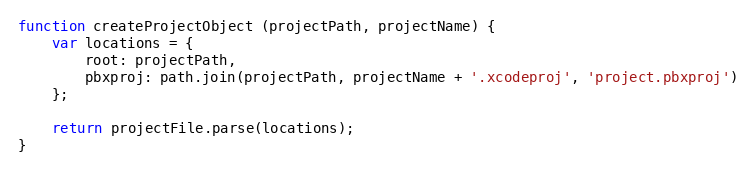
Language: JavaScript
function createProjectObject (projectPath, projectName) {
    var locations = {
        root: projectPath,
        pbxproj: path.join(projectPath, projectName + '.xcodeproj', 'project.pbxproj')
    };

    return projectFile.parse(locations);
}